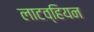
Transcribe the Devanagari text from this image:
लाटव्हियन